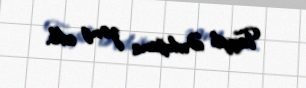
Tayyib Ərdoğana zəng edib.